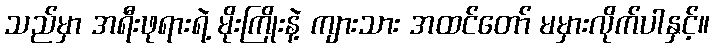
သည်မှာ အရီးဖုရားရဲ့ မိုးကြိုးနဲ့ ကျားသား အထင်တော် မမှားလိုက်ပါနှင့်။